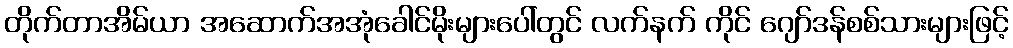
တိုက်တာအိမ်ယာ အဆောက်အအုံခေါင်မိုးများပေါ်တွင် လက်နက် ကိုင် ဂျော်ဒန်စစ်သားများဖြင့်